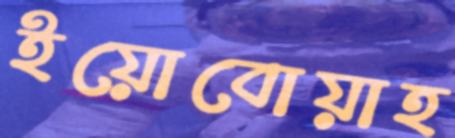
ইয়োবোয়াহ